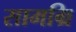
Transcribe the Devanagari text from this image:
सामग्रि